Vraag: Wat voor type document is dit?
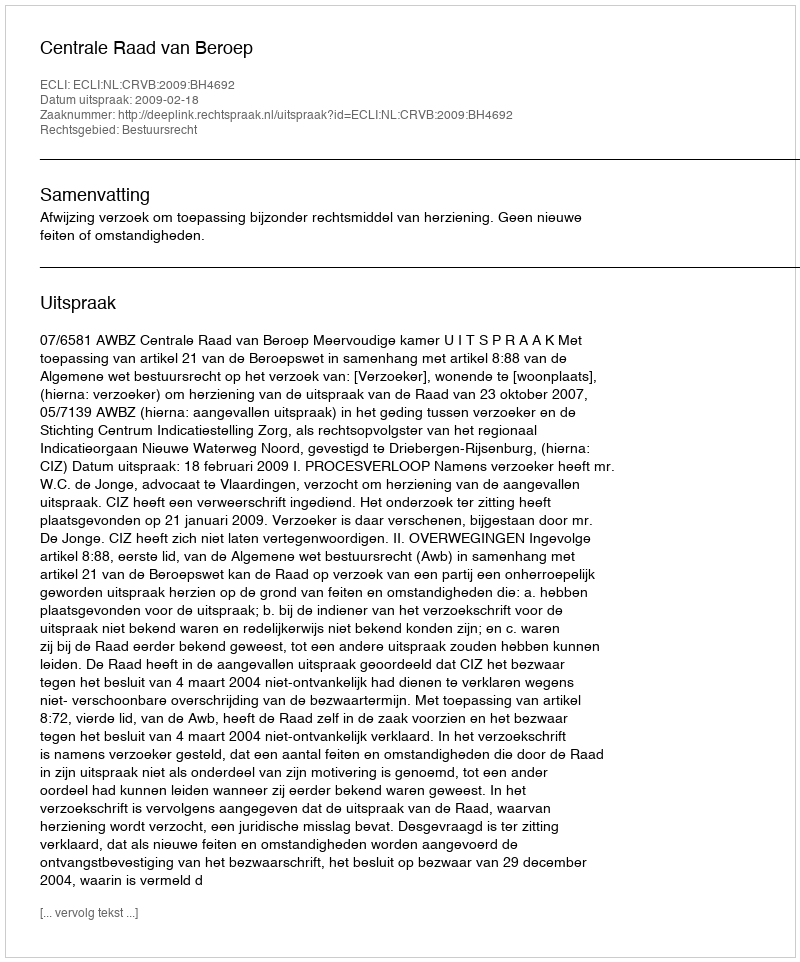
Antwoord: Uitspraak